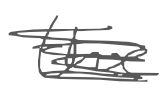
Text: the
Cross-out: scratch
Writing tool: digital_gray